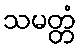
သမတ္တံ